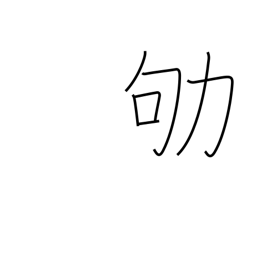
Meaning: work busily